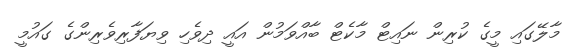
މާލޭގައި މީގެ ކުރިން ނައިޓް މާކެޓް ބާއްވަމުން އައީ ދިވެހި ވިޔަފާރިވެރިންގެ ގައުމީ